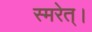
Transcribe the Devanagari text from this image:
स्मरेत्‌।